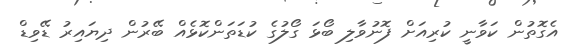
އެގޮތުން ކަވާނީ ކުރިއަށް ފޮނުވާލި ބޯޅަ ގޯލުގެ ކުޑަތަންކޮޅެއް ބޭރުން ދިޔައިރު ޑޭވިޑް